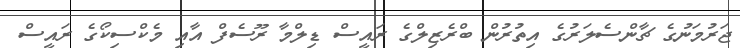
ޖަރުމަނުގެ ޗާންސެލަރުގެ އިތުރުން ބްރެޒިލްގެ ރައީސް ޑިލްމާ ރޫސެފް އާއި މެކްސިކޯގެ ރައީސް